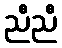
ညီညီ